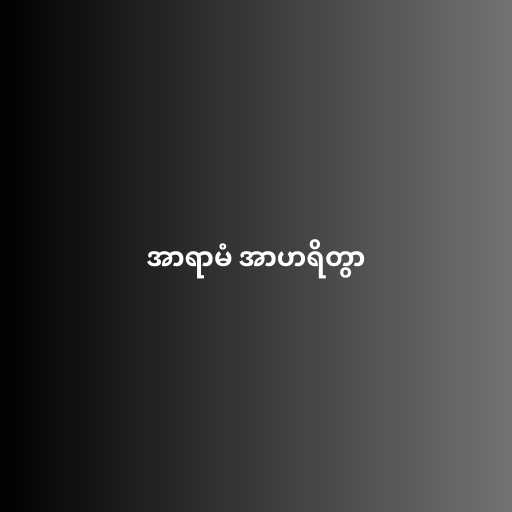
အာရာမံ အာဟရိတွာ